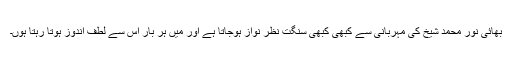
بھائی نور محمد شیخ کی مہربانی سے کبھی کبھی سنگت نظر نواز ہوجاتا ہے اور میں ہر بار اس سے لطف اندوز ہوتا رہتا ہوں۔